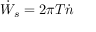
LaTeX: { \dot { W } } _ { s } = 2 \pi T { \dot { n } }